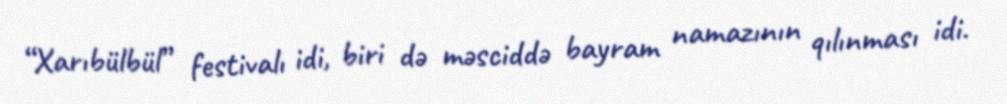
“Xarıbülbül” festivalı idi, biri də məsciddə bayram namazının qılınması idi.